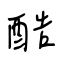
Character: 酷